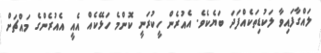
ލައްގާފައިވާ ލަކުޑިތަކެއްފަދަ ބަޔެކެވެ. އެއުރެން ހީކުރަނީ ކޮންމެ ހަޅޭކެއް އެއީ އެއުރެންގެ މައްޗަށް